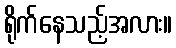
ရိုက်နေသည့်အလား။